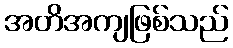
အတိအကျဖြစ်သည်